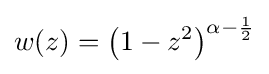
w(z)=\left(1-z^{2}\right)^{\alpha -{\frac {1}{2}}}